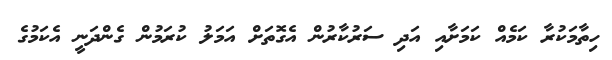
ހިތާމަކުރާ ކަމެއް ކަމަށާއި އަދި ސަރުކާރުން އެގޮތަށް އަމަލު ކުރަމުން ގެންދަނީ އެކަމުގެ